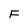
Character: F